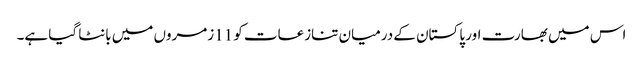
اس میں بھارت اور پاکستان کے درمیان تنازعات کو 11زمروں میں بانٹا گیا ہے۔